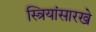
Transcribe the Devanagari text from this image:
स्त्रियांसारखे